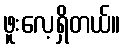
ဖူးလေ့ရှိတယ်။